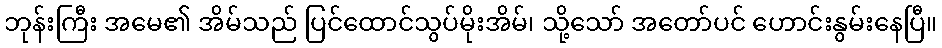
ဘုန်းကြီး အမေ၏ အိမ်သည် ပြင်ထောင်သွပ်မိုးအိမ်၊ သို့သော် အတော်ပင် ဟောင်းနွမ်းနေပြီ။